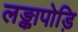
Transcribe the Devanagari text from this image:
लङ्कापोड़ि